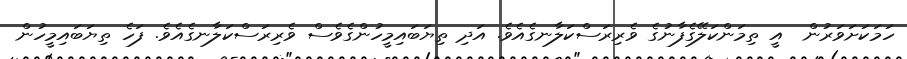
ހަމަކަށަވަރުން  އީ ތިމަންކަލޭގެފާނުގެ ވެރިރަސްކަލާނގެއެވެ. އަދި ތިޔަބައިމީހުންގެވެސް ވެރިރަސްކަލާނގެއެވެ. ފަހެ ތިޔަބައިމީހުން